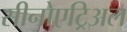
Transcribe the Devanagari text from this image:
सीनोएट्रिअल